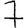
Digit: 7